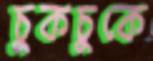
চুকচুকে